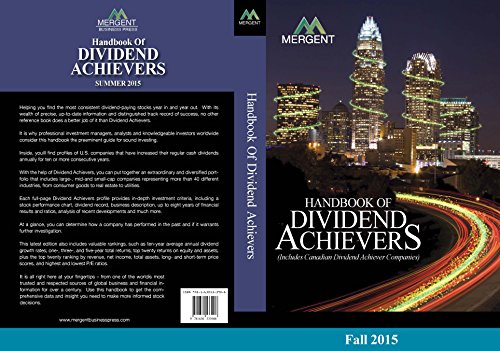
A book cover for Handbook of Dividend Achievers - Fall Edition; Reference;